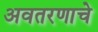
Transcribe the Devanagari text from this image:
अवतरणाचे